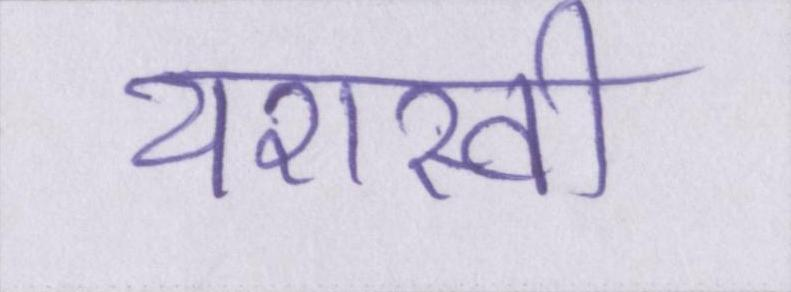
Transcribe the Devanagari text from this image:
यशस्वी